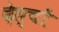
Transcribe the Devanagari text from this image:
देस्चों